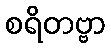
စရိတဗ္ဗာ